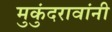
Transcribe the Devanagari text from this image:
मुकुंदरावांनी